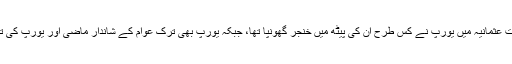
ترک عوام یہ بات اچھی طرح جانتی ہے کہ سقوط خلافت عثمانیہ میں یورپ نے کس طرح ان کی پیٹھ میں خنجر گھونپا تھا، جبکہ یورپ بھی ترک عوام کے شاندار ماضی اور یورپ کی تنگدستی اور غلامی کے دور سے اچھی طرح واقف ہے۔